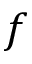
f